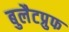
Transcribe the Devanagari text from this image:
बुलैटप्रुफ